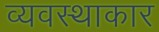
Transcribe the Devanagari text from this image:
व्यवस्थाकार